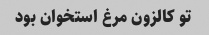
تو کالزون مرغ استخوان بود